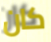
كان